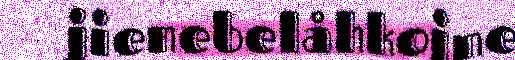
jienebelåhkojne